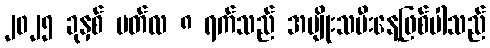
၂၀၂၅ ခုနှစ် မတ်လ ၈ ရက်သည် အမျိုးသမီးနေ့ဖြစ်ပါသည်